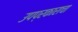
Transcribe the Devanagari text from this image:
उपप्रकाराचा